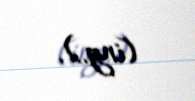
(ing.).